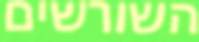
השורשים